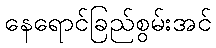
နေရောင်ခြည်စွမ်းအင်